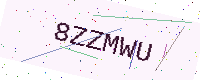
Text: 8ZZMWU